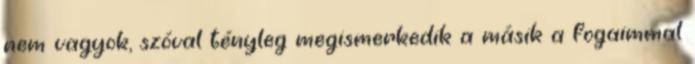
nem vagyok, szóval tényleg megismerkedik a másik a fogaimmal